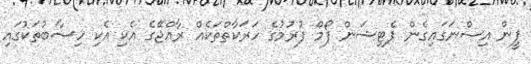
ޕީން އިސްނަގައިގެން ޕެޓިޝަން ފޯމް ފުރުމުގެ ހަރަކާތްތަކެއް ރާއްޖޭގެ އެކި އެކި ހިސާބުތަކުގައި